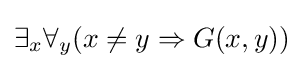
\exists _{x}\forall _{y}(x\neq y\Rightarrow G(x,y))